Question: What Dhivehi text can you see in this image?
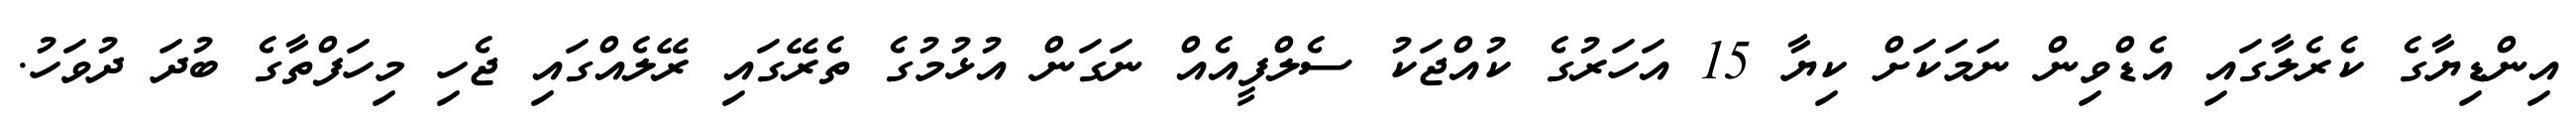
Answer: އިންޑިޔާގެ ކެރެލާގައި އެޑްވިން ނަމަކަށް ކިޔާ 15 އަހަރުގެ ކުއްޖަކު ސެލްފީއެއް ނަގަން އުޅުމުގެ ތެރޭގައި ރޭލެއްގައި ޖެހި މިހަފްތާގެ ބުދަ ދުވަހު.